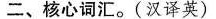
二、核心词汇。(汉译英)